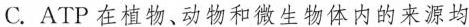
C.ATP在植物、动物和微生物体内的来源均